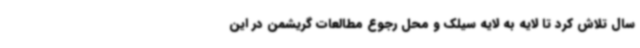
سال تلاش کرد تا لایه به لایه‌ سیلک و محل رجوع مطالعات گریشمن در این